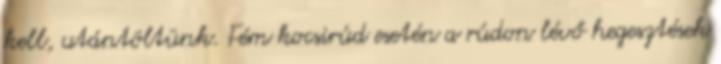
kell, utántöltünk. Fém kocsirúd esetén a rúdon lévő hegesztések